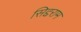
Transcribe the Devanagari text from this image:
सिद्दराम